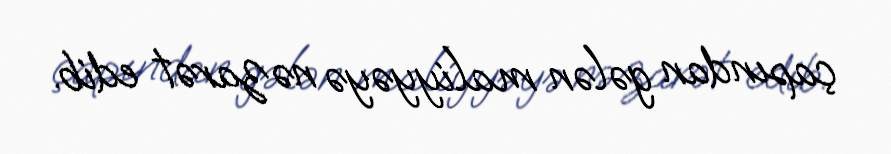
çapından gələn maliyyəyə nəzarət edib.